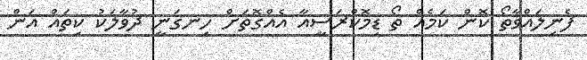
ފެނިލައްވާތޯ ކޮން ކަމެއް ތޯ ޑިމޮކްރަސީއާ އެއްގޮތަށް ހިނގަނީ ދުވާލަކު ކިތައް އަން